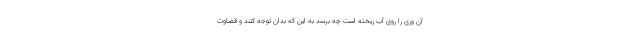
آن وری را روی آب ریخته است چه برسد به این که بدان توجه کنند و قضاوت